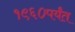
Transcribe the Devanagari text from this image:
१९६०पर्यंत